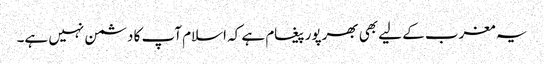
یہ مغرب کے لیے بھی بھرپور پیغام ہے کہ اسلام آپ کا دشمن نہیں ہے۔